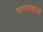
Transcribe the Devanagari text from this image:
नगरवास